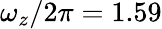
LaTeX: \omega_{z}/2\pi=1.59